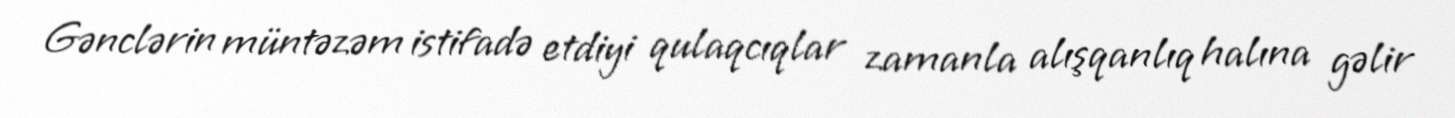
Gənclərin müntəzəm istifadə etdiyi qulaqcıqlar zamanla alışqanlıq halına gəlir